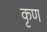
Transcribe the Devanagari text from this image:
कृण